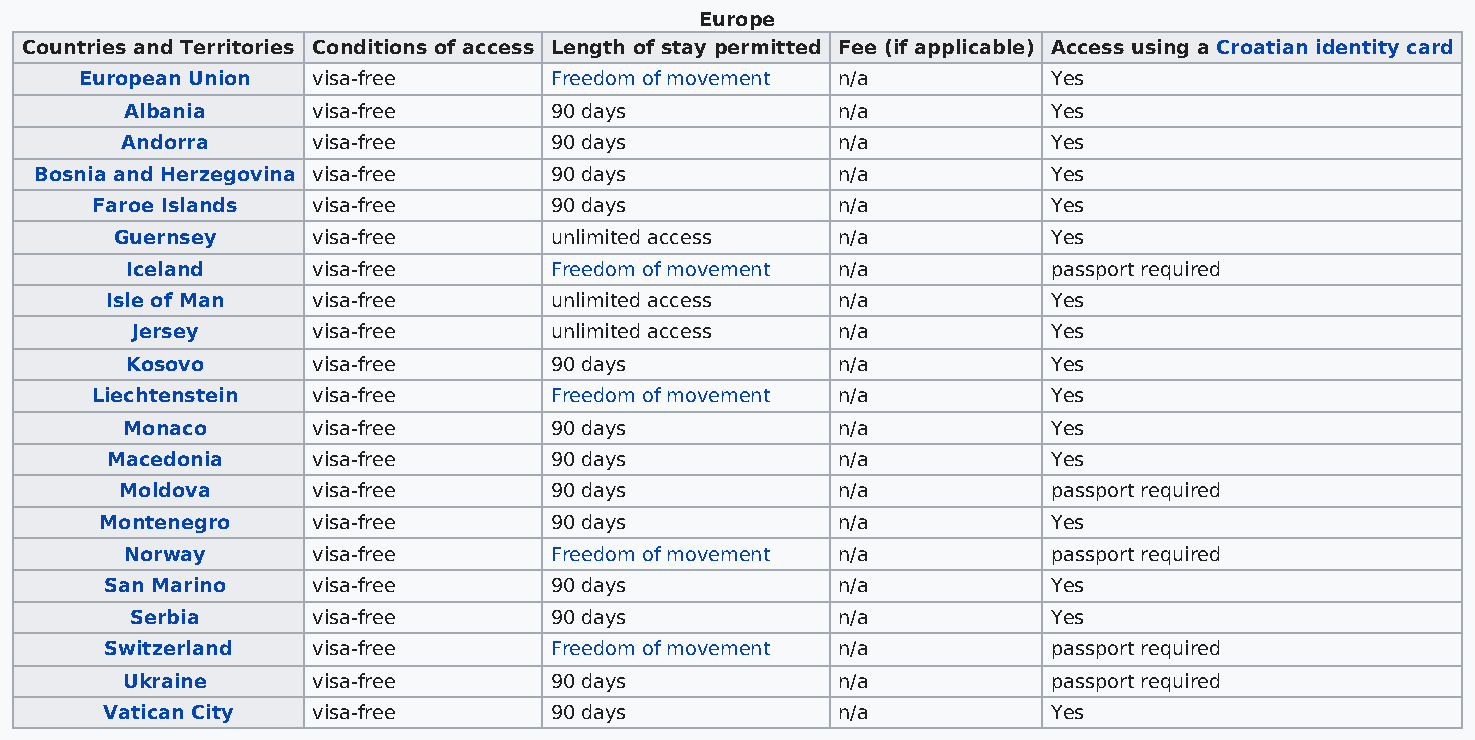
Europe
 Countries and Territories Conditions of access Length of stay permitted Fee (if applicable) Access using a Croatian identity card
 European Union  visa-free      Freedom of movement n/a           Yes
 Albania      visa-free      90 days            n/a            Yes
 Andorra      visa-free      90 days            n/a            Yes
 Bosnia and Herzegovina visa-free  90 days            n/a            Yes
 Faroe Islands  visa-free      90 days            n/a            Yes
 Guernsey     visa-free      unlimited access   n/a            Yes
 Iceland      visa-free      Freedom of movement n/a           passport required
 Isle of Man   visa-free      unlimited access   n/a            Yes
 Jersey      visa-free      unlimited access   n/a            Yes
 Kosovo       visa-free      90 days            n/a            Yes
 Liechtenstein  visa-free      Freedom of movement n/a           Yes
 Monaco       visa-free      90 days            n/a            Yes
 Macedonia     visa-free      90 days            n/a            Yes
 Moldova      visa-free      90 days            n/a            passport required
 Montenegro    visa-free      90 days            n/a            Yes
 Norway       visa-free      Freedom of movement n/a           passport required
 San Marino    visa-free      90 days            n/a            Yes
 Serbia      visa-free      90 days            n/a            Yes
 Switzerland   visa-free      Freedom of movement n/a           passport required
 Ukraine      visa-free      90 days            n/a            passport required
 Vatican City  visa-free      90 days            n/a            Yes